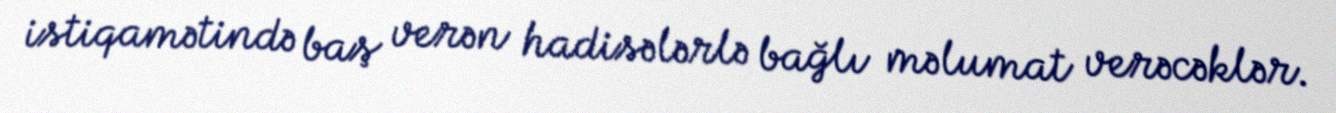
istiqamətində baş verən hadisələrlə bağlı məlumat verəcəklər.